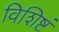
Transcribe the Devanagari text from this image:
विशिष्टं